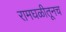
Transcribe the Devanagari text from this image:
रामघळीतूनच